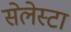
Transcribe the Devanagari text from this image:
सेलेस्टा